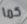
كما